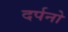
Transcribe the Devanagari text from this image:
दर्पनो